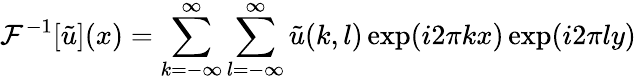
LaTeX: \mathcal{F}^{-1}[\tilde{u}](x)=\sum_{k=-\infty}^{\infty}\sum_{l=-\infty}^{\infty}\tilde{u}(k,l)\exp(i2\pi kx)\exp(i2\pi ly)